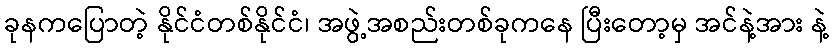
ခုနကပြောတဲ့ နိုင်ငံတစ်နိုင်ငံ၊ အဖွဲ့အစည်းတစ်ခုကနေ ပြီးတော့မှ အင်နဲ့အား နဲ့